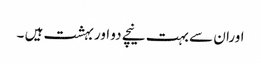
اوران سے بہت نیچے دو اور بہشت ہیں ۔